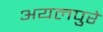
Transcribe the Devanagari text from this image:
अयलपुरे